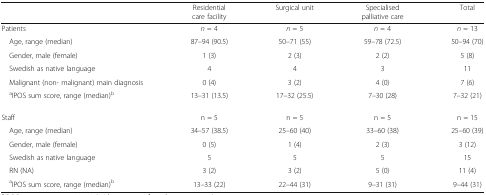
|  | Residential care facility | Surgical unit | Specialised palliative care | Total |
 | --- | --- | --- | --- | --- |
 | Patients | n = 4 | n = 5 | n = 4 | n = 13 |
 | Age, range (median) | 87–94 (90.5) | 50–71 (55) | 59–78 (72.5) | 50–94 (70) |
 | Gender, male (female) | 1 (3) | 2 (3) | 2 (2) | 5 (8) |
 | Swedish as native language | 4 | 4 | 3 | 11 |
 | Malignant (non- malignant) main diagnosis | 0 (4) | 3 (2) | 4 (0) | 7 (6) |
 | aIPOS sum score, range (median)b | 13–31 (13.5) | 17–32 (25.5) | 7–30 (28) | 7–32 (21) |
 | Staff | n = 5 | n = 5 | n = 5 | n = 15 |
 | Age, range (median) | 34–57 (38.5) | 25–60 (40) | 33–60 (38) | 25–60 (39) |
 | Gender, male (female) | 0 (5) | 1 (4) | 2 (3) | 3 (12) |
 | Swedish as native language | 5 | 5 | 5 | 15 |
 | RN (NA) | 3 (2) | 3 (2) | 5 (0) | 11 (4) |
 | aIPOS sum score, range (median)b | 13–33 (22) | 22–44 (31) | 9–31 (31) | 9–44 (31) |